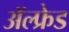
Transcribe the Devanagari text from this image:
अॅल्फ्रेड